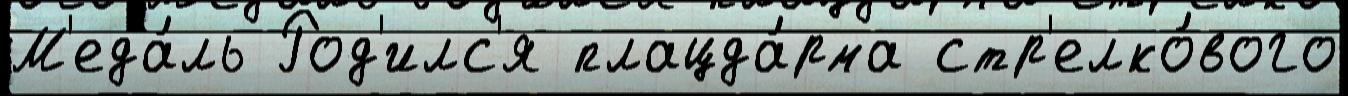
М'еда́ль Род'илс'я плацда́рма стр'елко́вого